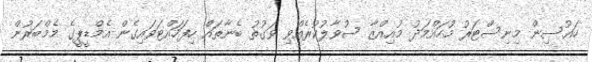
ހައުސިން މިނިސްޓަރު މުހައްމަދު މުއިއްޒާ ސުވާލުކުރެއްވި ވަގުތު ބެނާތައް ހިފަހައްޓަވައިގެން އެމްޑީޕީގެ މެމްބަރުން